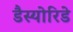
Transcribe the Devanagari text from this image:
डैस्योरिडे